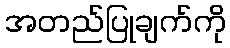
အတည်ပြုချက်ကို